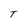
Character: T